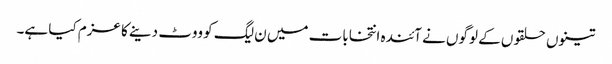
تینوں حلقوں کے لوگوں نے آئندہ انتخابات میں ن لیگ کو ووٹ دینے کا عزم کیا ہے۔